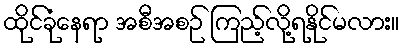
ထိုင်ခုံနေရာ အစီအစဉ် ကြည့်လို့ရနိုင်မလား။